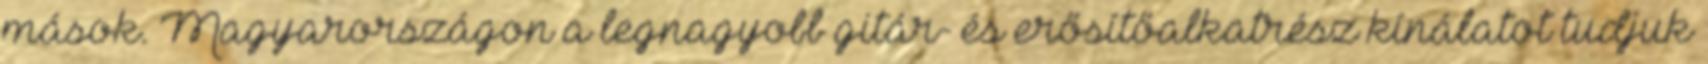
mások. Magyarországon a legnagyobb gitár- és erősítőalkatrész kínálatot tudjuk